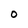
Character: O